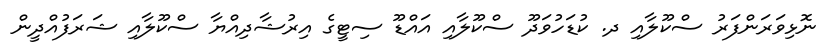
ނޮޅިވަރަންފަރު ސްކޫލާއި ދ. ކުޑަހުވަދޫ ސްކޫލާއި އައްޑޫ ސިޓީގެ އިރުޝާދިއްޔާ ސްކޫލާއި ޝަރަފުއްދީން